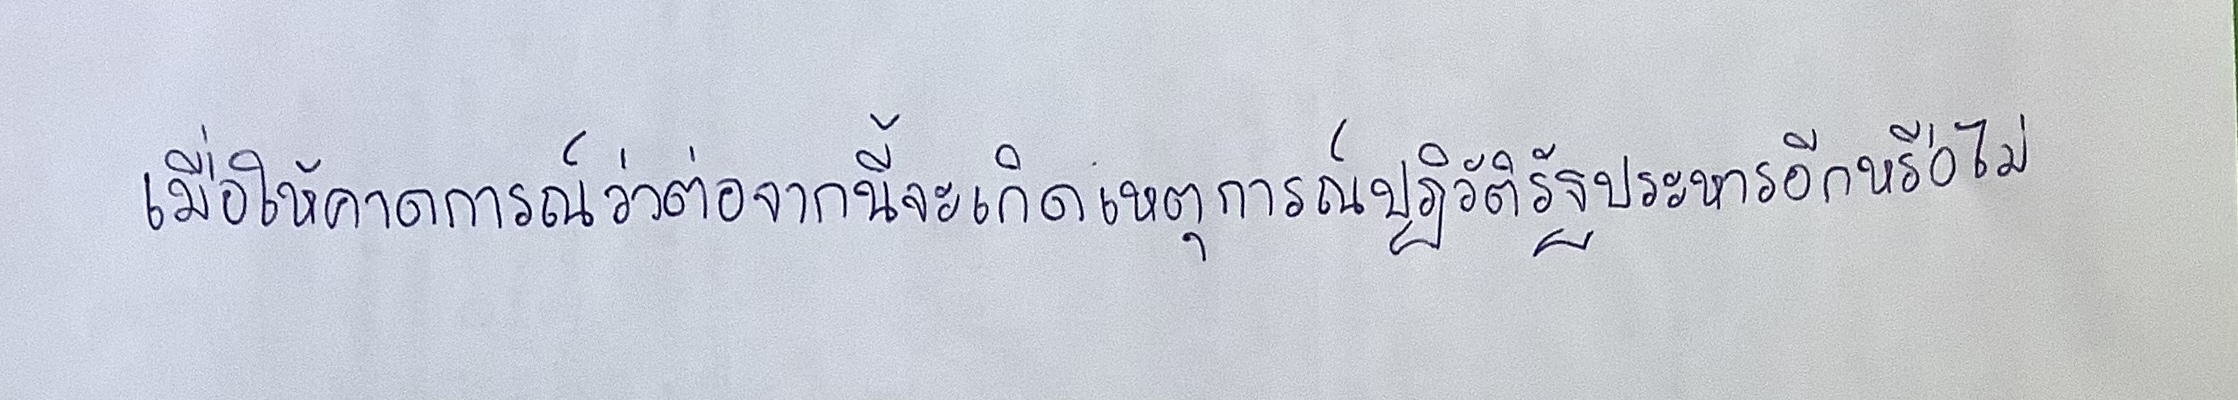
เมื่อให้คาดการณ์ว่าต่อจากนี้จะเกิดเหตุการณ์ปฏิวัติรัฐประหารอีกหรือไม่